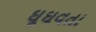
ઘૂઘવતા